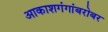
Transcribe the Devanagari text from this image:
आकाशगंगांबरोबर